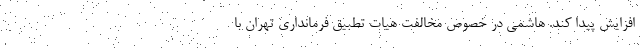
افزایش پیدا کند. هاشمی در خصوص مخالفت هیات تطبیق فرمانداری تهران با